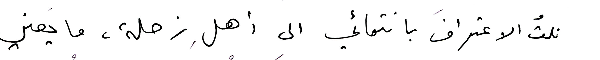
نلتُ الاعترافَ بانتمائي الى أهلِ زحلة، ما يَعني